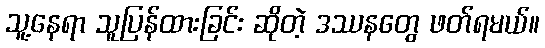
သူ့နေရာ သူပြန်ထားခြင်း ဆိုတဲ့ ဒဿနတွေ ဖတ်ရမယ်။